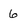
Character: 6